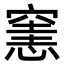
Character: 𥧟